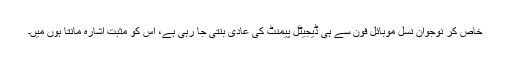
خاص کر نوجوان نسل موبائل فون سے ہی ڈیجیٹل پیمنٹ کی عادی بنتی جا رہی ہے، اس کو مثبت اشارہ مانتا ہوں میں۔